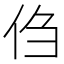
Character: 㑇